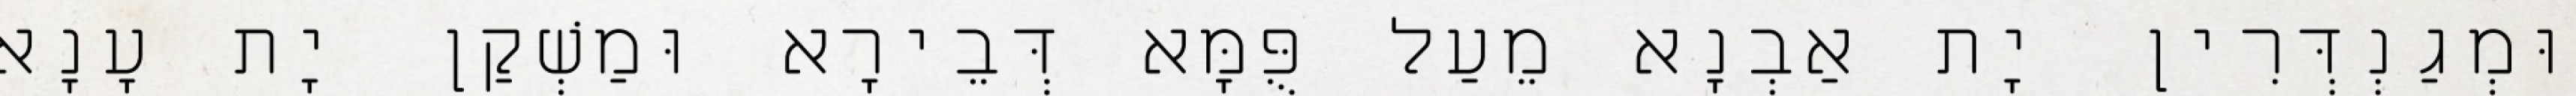
וּמְגַנְדְּרִין יָת אַבְנָא מֵעַל פֻּמָּא דְּבֵירָא וּמַשְׁקַן יָת עָנָא